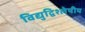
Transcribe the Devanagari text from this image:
विद्युद्विश्लेषीय